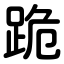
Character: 跪